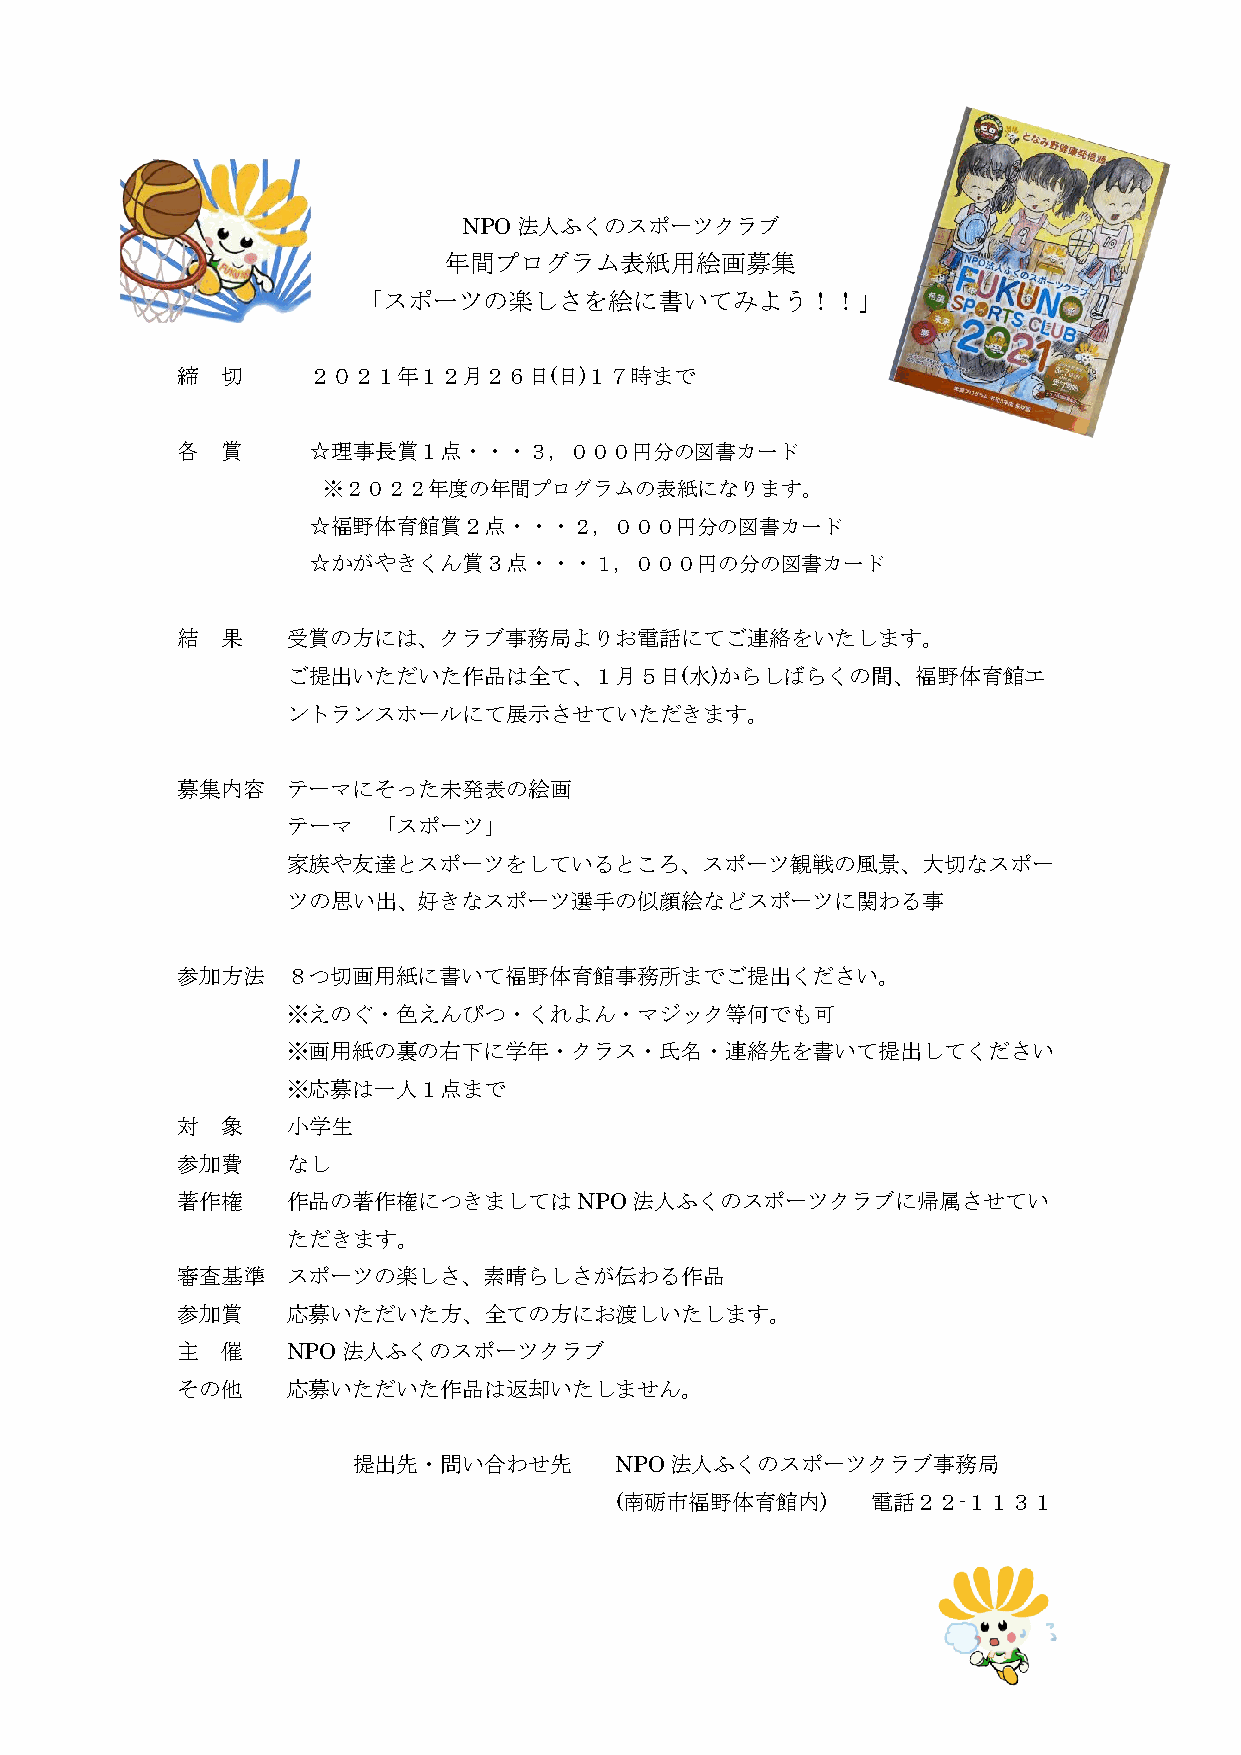
NPO法人ふくのスポーツクラブ
 年間プログラム表紙用絵画募集
 「スポーツの楽しさを絵に書いてみよう！！」
 締  切    ２０２１年１２月２６日(日)１７時まで
 各  賞    ☆理事長賞１点・・・３，０００円分の図書カード
 ※２０２２年度の年間プログラムの表紙になります。
 ☆福野体育館賞２点・・・２，０００円分の図書カード
 ☆かがやきくん賞３点・・・１，０００円の分の図書カード
 結  果   受賞の方には、クラブ事務局よりお電話にてご連絡をいたします。
 ご提出いただいた作品は全て、１月５日(水)からしばらくの間、福野体育館エ
 ントランスホールにて展示させていただきます。
 募集内容   テーマにそった未発表の絵画
 テーマ   「スポーツ」
 家族や友達とスポーツをしているところ、スポーツ観戦の風景、大切なスポー
 ツの思い出、好きなスポーツ選手の似顔絵などスポーツに関わる事
 参加方法   ８つ切画用紙に書いて福野体育館事務所までご提出ください。
 ※えのぐ・色えんぴつ・くれよん・マジック等何でも可
 ※画用紙の裏の右下に学年・クラス・氏名・連絡先を書いて提出してください
 ※応募は一人１点まで
 対  象   小学生
 参加費    なし
 著作権    作品の著作権につきましてはNPO法人ふくのスポーツクラブに帰属させてい
 ただきます。
 審査基準   スポーツの楽しさ、素晴らしさが伝わる作品
 参加賞    応募いただいた方、全ての方にお渡しいたします。
 主  催   NPO法人ふくのスポーツクラブ
 その他    応募いただいた作品は返却いたしません。
 提出先・問い合わせ先        NPO法人ふくのスポーツクラブ事務局
 (南砺市福野体育館内)      電話２２-１１３１